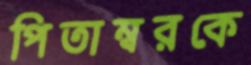
পিতাম্বরকে